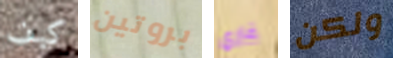
كيف بروتين غاري ولكن